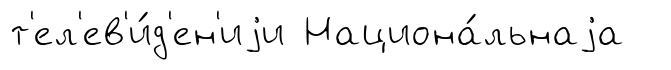
т'ел'ев'и́д'ен'иjи Национа́льнаjа